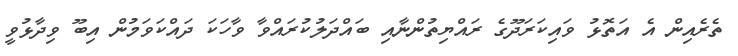
ތެރެއިން އެ އަތޮޅު ވައިކަރަދޫގެ ރައްޔިތުންނާއި ބައްދަލުކުރައްވާ ވާހަކަ ދައްކަވަމުން އިބޫ ވިދާޅުވީ